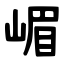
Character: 嵋